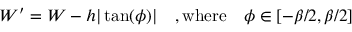
W ^ { \prime } = W - h | \tan ( \phi ) | \quad , \mathrm { w h e r e } \quad \phi \in [ - \beta / 2 , \beta / 2 ]